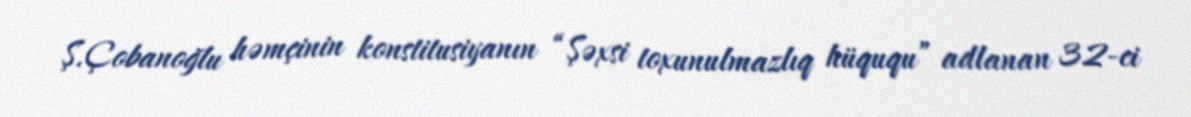
Ş.Çobanoğlu həmçinin konstitusiyanın “Şəxsi toxunulmazlıq hüququ” adlanan 32-ci